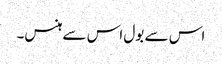
اس سے بول اس سے ہنس۔